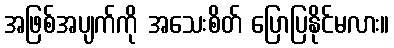
အဖြစ်အပျက်ကို အသေးစိတ် ပြောပြနိုင်မလား။